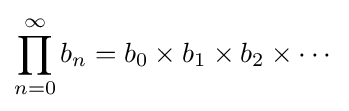
\prod _{n=0}^{\infty }b_{n}=b_{0}\times b_{1}\times b_{2}\times \cdots